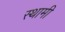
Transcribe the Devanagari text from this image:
स्थामी